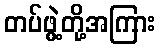
တပ်ဖွဲ့တို့အကြား